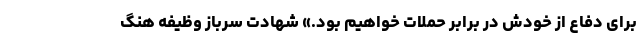
برای دفاع از خودش در برابر حملات خواهیم بود.» شهادت سرباز وظیفه هنگ